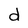
Character: d